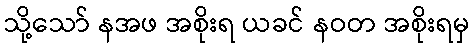
သို့သော် နအဖ အစိုးရ ယခင် နဝတ အစိုးရမှ